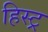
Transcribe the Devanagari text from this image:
हिस्ट्र